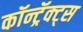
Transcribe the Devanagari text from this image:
कॉन्ट्रॅक्ट्स